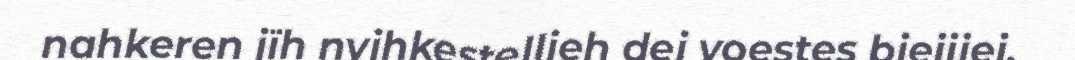
nahkeren jïh nyjhkestellieh dej voestes biejjiej.